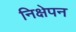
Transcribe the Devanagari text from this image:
निक्षेपन